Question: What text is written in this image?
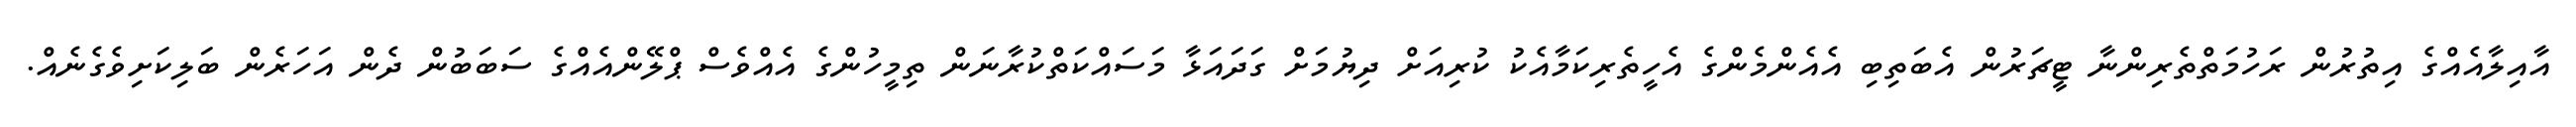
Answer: އާއިލާއެއްގެ އިތުރުން ރަހުމަތްތެރިންނާ ޓީޗަރުން އެބަތިބި އެއެންމެންގެ އެހީތެރިކަމާއެކު ކުރިއަށް ދިޔުމަށް ގަދައަޅާ މަސައްކަތްކުރާނަން ތިމީހުންގެ އެއްވެސް ޕްލޭންއެއްގެ ސަބަބުން ދެން އަހަރެން ބަލިކަށިވެގެނެއް.